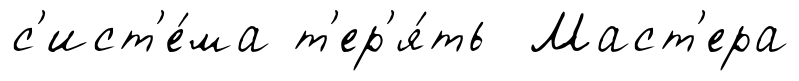
с'ист'е́ма т'ер'я́ть Маст'ера